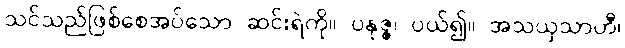
သင်သည်ဖြစ်စေအပ်သော ဆင်းရဲကို။ ပနုဇ္ဇ၊ ပယ်၍။ အသယှသာဟီ၊